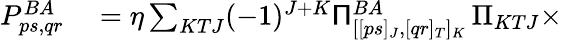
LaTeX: \begin{array}{rl}{P_{ps,qr}^{BA}}&{{}=\eta\sum_{KTJ}(-1)^{J+K}\mathsf{\Pi}_{[[ps]_{J},[qr]_{T}]_{K}}^{BA}\, \Pi_{KTJ}\times}\end{array}